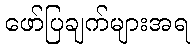
ဖော်ပြချက်များအရ